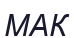
МАК